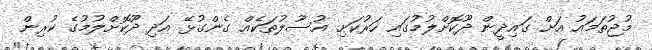
މުޖުތަމައު އަށް ގައިދީން ދޫކޮށްލުމުގައި ހަރުކަށި އުސޫލުތަކެއް ގެންގުޅޭ އަދި ދޫކޮށްލުމުގެ ކުރިން